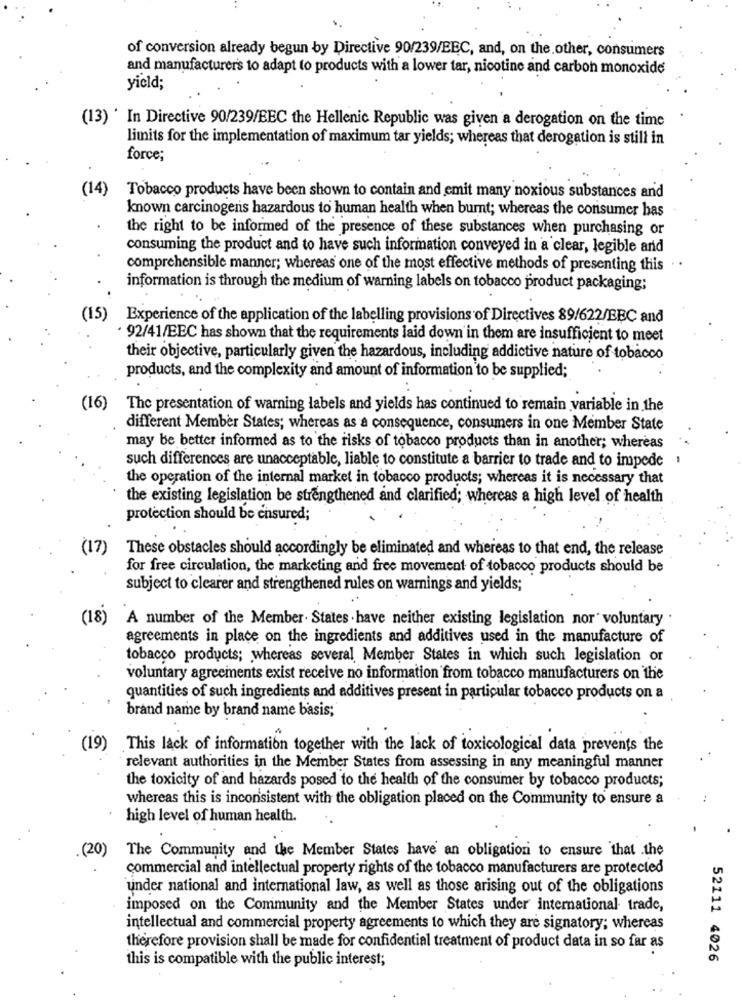
of conversion already begun by Directive 90/239/EEC, and, on the other, consumers
and manufacturers to adapt to products with a lower tar, nicotine and carbon monoxide
yield;
(13) * In Directive 90/239/EEC the Hellenic Republic was given a derogation on the time
limits for the implementation of maximum tar yields; whereas that derogation is still in
force;
(14)
Tobacco products have been shown to contain and emit many noxious substances and
known carcinogens hazardous to human health when burnt; whereas the consumer bas
the right to be informed of the presence of these substances when purchasing or
consuming the product and to have such information conveyed in a clear, legible and
comprehensible manner; whereas one of the most effective methods of presenting this . .
information is through the medium of warning labels on tobacco product packaging;
(15)
Experience of the application of the labelling provisions of Directives 89/622/EBC and
92/41/EEC has shown that the requirements laid down in them are insufficient to meet
their objective, particularly given the hazardous, including addictive nature of tobacco
products, and the complexity and amount of information to be supplied;
(16) The presentation of warning labels and yields has continued to remain variable in the
different Member States; whereas as a consequence, consumers in one Member State
may be better informed as to the risks of tobacco products than in another; whereas
such differences are unacceptable, liable to constitute a barrier to trade and to impede
1
the operation of the internal market in tobacco products; whereas it is necessary that
the existing legislation be strengthened and clarified; whereas a high level of health
protection should be ensured;
(17)
These obstacles should accordingly be eliminated and whereas to that end, the release
for free circulation, the marketing and free movement of tobacco products should be
subject to clearer and strengthened rules on warnings and yields;
(18)
A number of the Member. States . have neither existing legislation nor" voluntary
agreements in place on the ingredients and additives used in the manufacture of
tobacco products; whereas several Member States in which such legislation or
voluntary agreements exist receive no information from tobacco manufacturers on the
quantities of such ingredients and additives present in particular tobacco products on a
brand name by brand name basis;
(19)
This lack of information together with the lack of toxicological data prevents the
relevant authorities in the Member States from assessing in any meaningful manner
the toxicity of and hazards posed to the health of the consumer by tobacco products;
whereas this is inconsistent with the obligation placed on the Community to ensure a
high level of human health.
. (20)
The Community and the Member States have an obligation to ensure that .the
commercial and intellectual property rights of the tobacco manufacturers are protected
under national and international law, as well as those arising out of the obligations
imposed on the Community and the Member States under international trade,
intellectual and commercial property agreements to which they are signatory; whereas
therefore provision shall be made for confidential treatment of product data in so far as
this is compatible with the public interest;
52111 4026